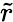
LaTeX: \tilde{r}